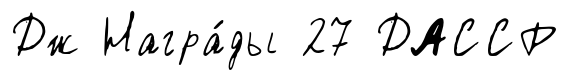
Дж Награ́ды 27 ДАССР